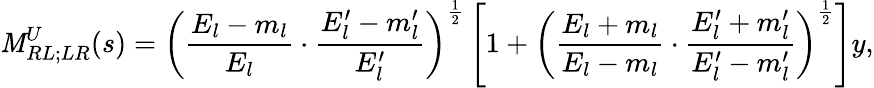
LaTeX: \mathit{M}_{RL;LR}^{U}(s)=\left(\frac{{E_{l}-m_{l}}}{{E_{l}}}\cdot\frac{{E_{l}^{\prime}-m_{l}^{\prime}}}{{E_{l}^{\prime}}}\right)^{\frac{{1}}{{2}}}\left[1+\left(\frac{{E_{l}+m_{l}}}{{E_{l}-m_{l}}}\cdot\frac{{E_{l}^{\prime}+m_{l}^{\prime}}}{{E_{l}^{\prime}-m_{l}^{\prime}}}\right)^{\frac{{1}}{{2}}}\right]y,